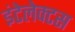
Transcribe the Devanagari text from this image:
इंटेलेक्टस